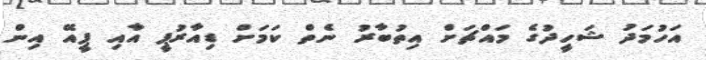
އަހުމަދު ޝަހީދުގެ މައްޗަށް އިތުބާރު ނެތް ކަމަށް ޑިއާރުޕީ އާއި ޕީއޭ އިން